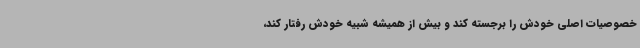
خصوصیات اصلی خودش را برجسته کند و بیش از همیشه شبیه خودش رفتار کند،